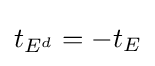
t_{E^{d}}=-t_{E}